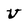
Character: U